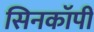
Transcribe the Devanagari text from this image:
सिनकाॅपी